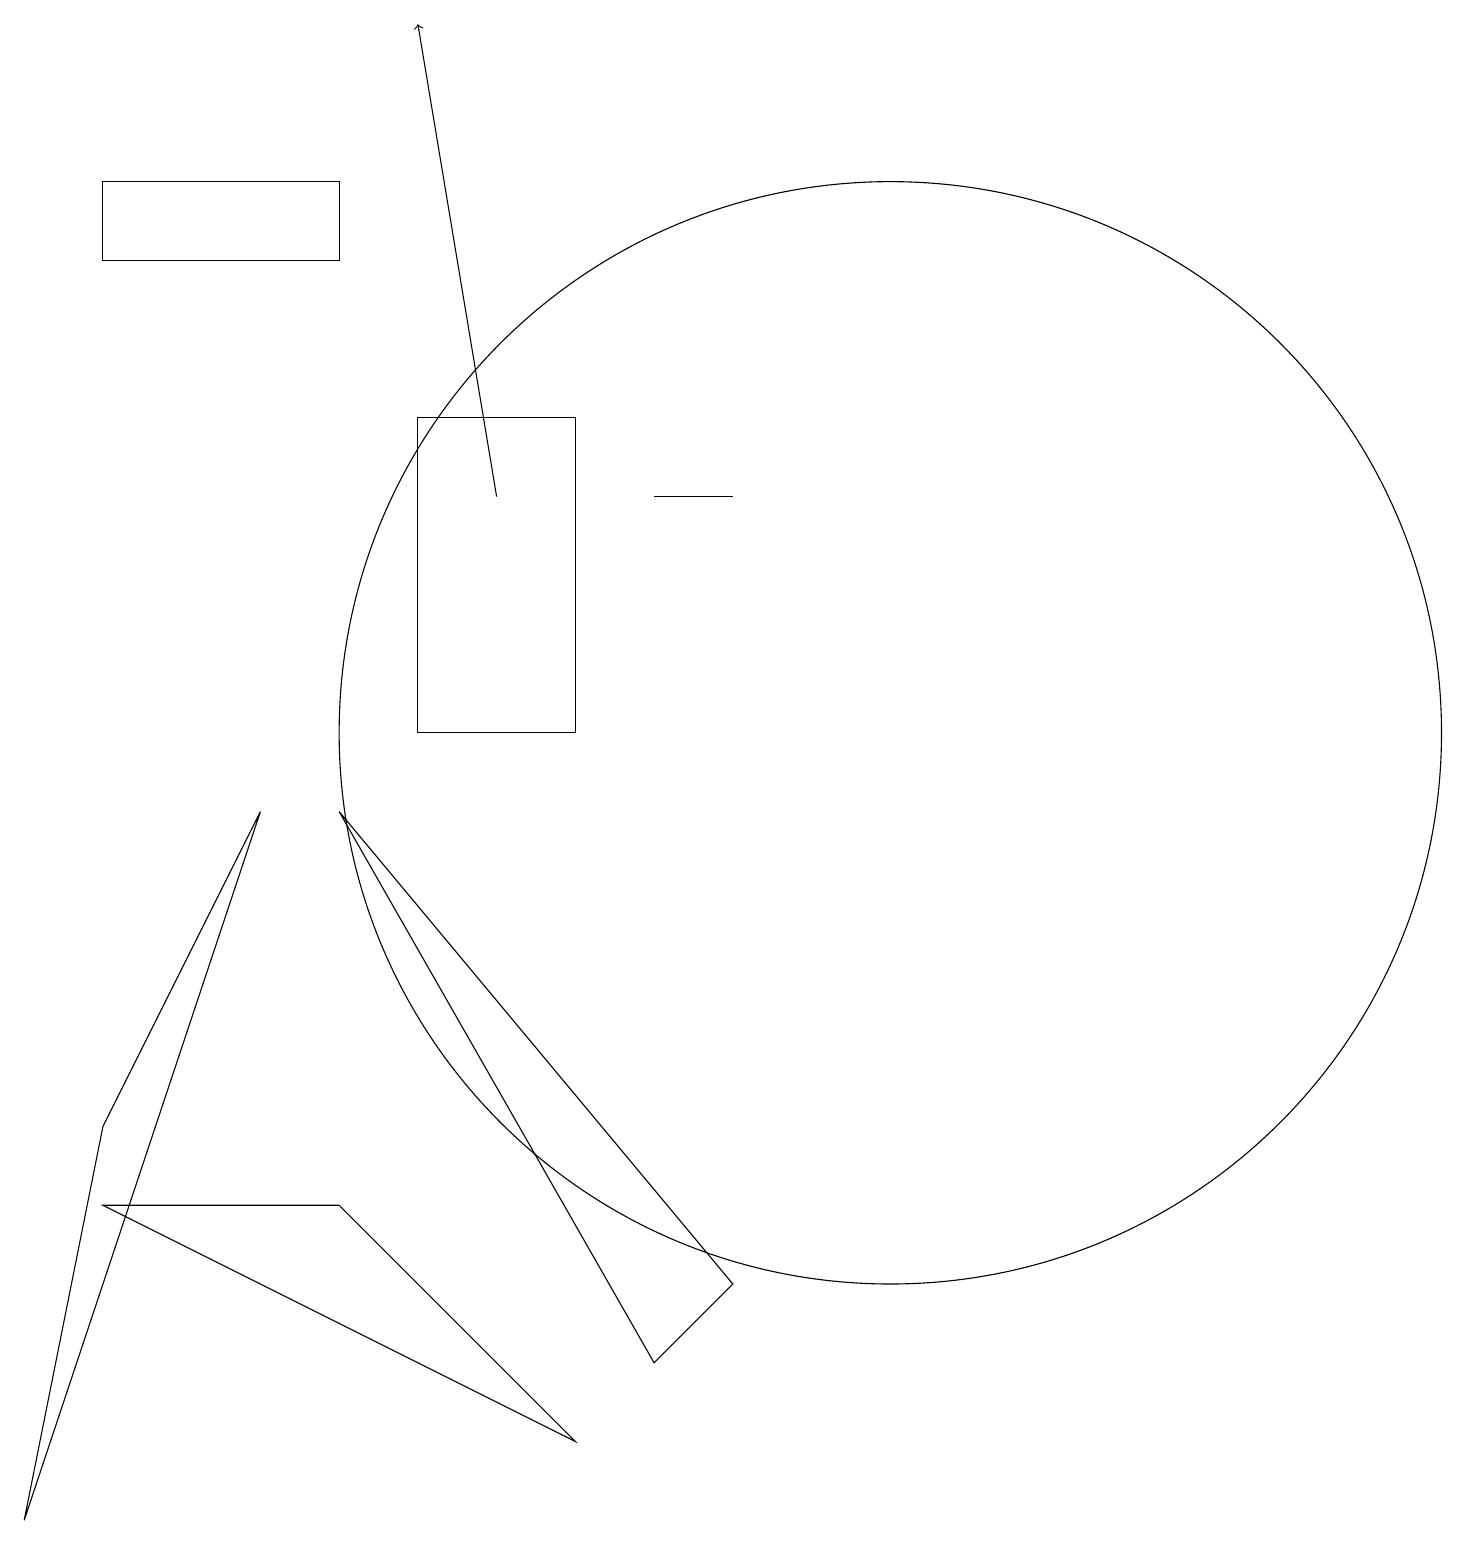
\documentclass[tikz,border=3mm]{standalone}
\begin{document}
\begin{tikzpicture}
\draw (1,4) -- (7,1) -- (4,4) -- cycle;
\draw (9,13) rectangle (8,13);
\draw (1,5) -- (3,9) -- (0,0) -- cycle;
\draw (7,10) rectangle (5,14);
\draw[->] (6,13) -- (5,19);
\draw (4,9) -- (9,3) -- (8,2) -- cycle;
\draw (4,16) rectangle (1,17);
\draw (11,10) circle (7);
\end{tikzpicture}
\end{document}